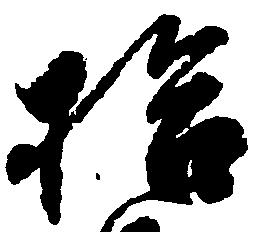
拾